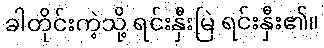
ခါတိုင်းကဲ့သို့ ရင်းနှီးမြဲ ရင်းနှီး၏။